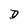
Character: D